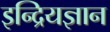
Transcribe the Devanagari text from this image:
इन्द्रियज्ञान